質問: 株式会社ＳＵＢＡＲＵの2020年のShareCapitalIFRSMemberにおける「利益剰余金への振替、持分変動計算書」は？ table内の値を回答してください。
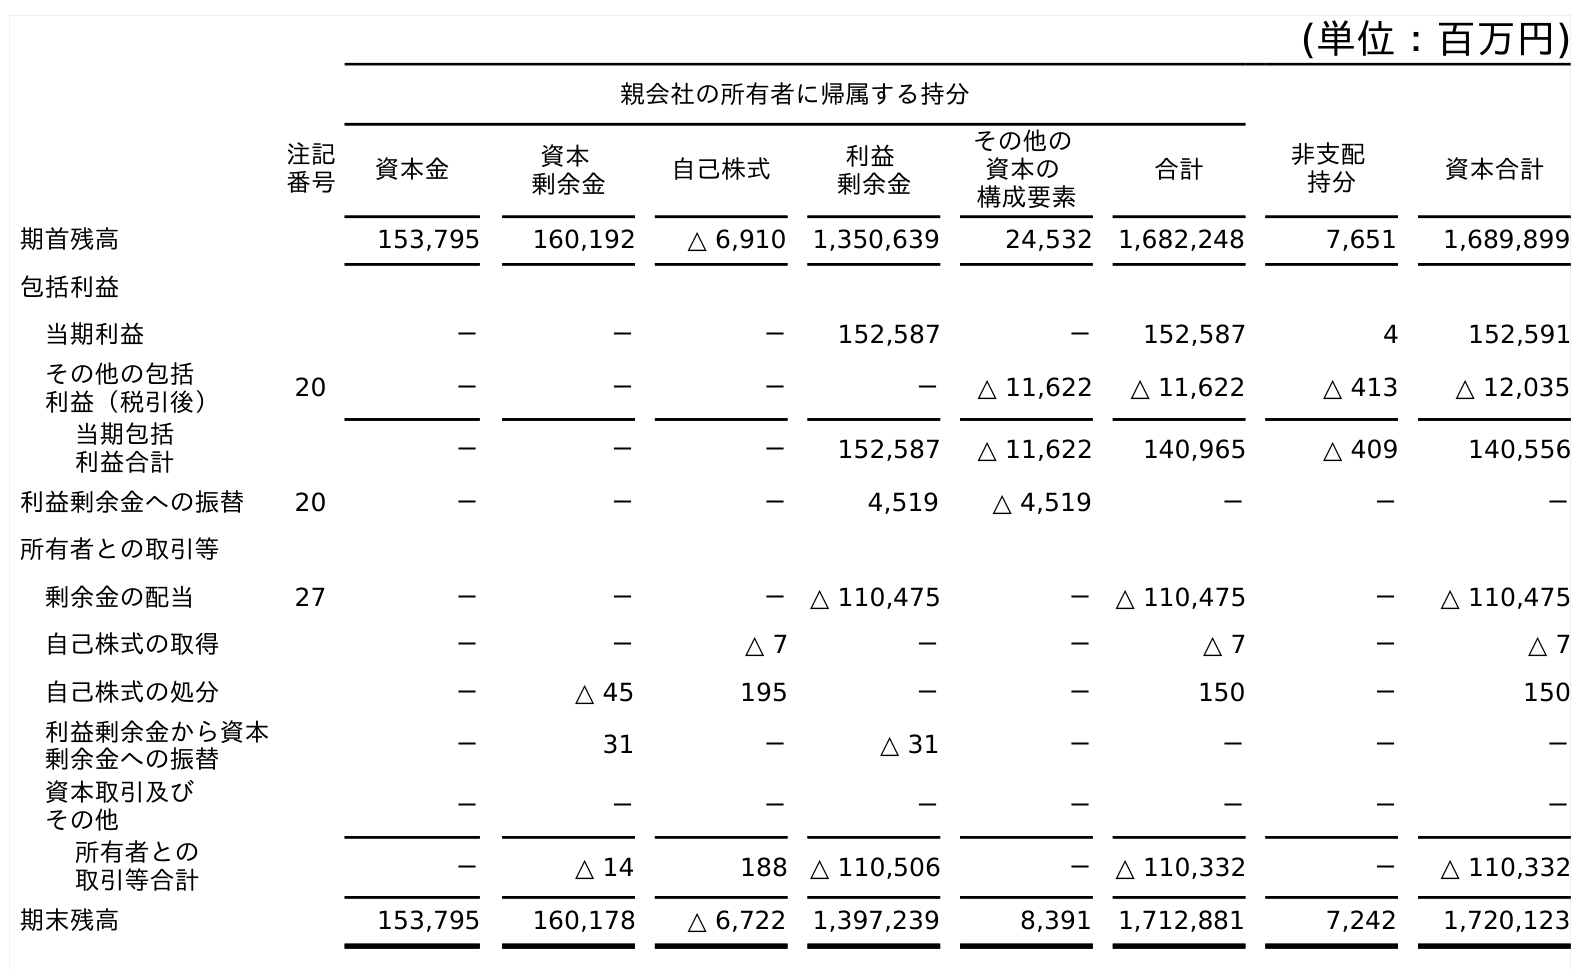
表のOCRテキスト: (単位：百万円) 親会社の所有者に帰属する持分 注記 番号 資本金 資本 剰余金 自己株式 利益 剰余金 その他の 資本の 構成要素 合計 非支配 持分 資本合計 期首残高 153,795 160,192 △ 6,910 1,350,639 24,532 1,682,248 7,651 1,689,899 包括利益 当期利益 － － － 152,587 － 152,587 4 152,591 その他の包括 利益（税引後） 20 － － － － △ 11,622 △ 11,622 △ 413 △ 12,035 当期包括 利益合計 － － － 152,587 △ 11,622 140,965 △ 409 140,556 利益剰余金への振替 20 － － － 4,519 △ 4,519 － － － 所有者との取引等 剰余金の配当 27 － － － △ 110,475 － △ 110,475 － △ 110,475 自己株式の取得 － － △ 7 － － △ 7 － △ 7 自己株式の処分 － △ 45 195 － － 150 － 150 利益剰余金から資本 剰余金への振替 － 31 － △ 31 － － － － 資本取引及び その他 － － － － － － － － 所有者との 取引等合計 － △ 14 188 △ 110,506 － △ 110,332 － △ 110,332 期末残高 153,795 160,178 △ 6,722 1,397,239 8,391 1,712,881 7,242 1,720,123
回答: －